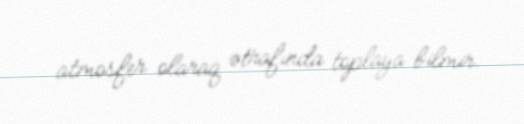
atmosfer olaraq ətrafında toplaya bilmir.